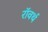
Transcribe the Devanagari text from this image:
रॉवर्थ